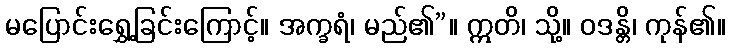
မပြောင်းရွှေ့ခြင်းကြောင့်။ အက္ခရံ၊ မည်၏”။ ဣတိ၊ သို့။ ဝဒန္တိ၊ ကုန်၏။